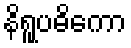
နိရူပဓိကော